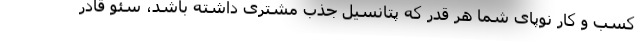
کسب و کار نوپای شما هر قدر که پتانسیل جذب مشتری داشته باشد، سئو قادر